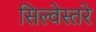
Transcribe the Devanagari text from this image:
सिल्वेस्तरे